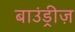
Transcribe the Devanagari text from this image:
बाउंड्रीज़